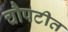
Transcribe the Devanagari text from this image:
चौपटीत